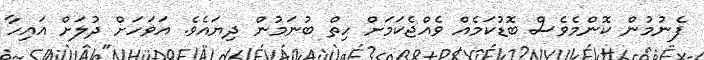
ފެނުމުން ކޮންމެވެސް ބޮޑުކަމެއް ވެއްޖެކަމަށް ހިތް ބުނަމުން ދިޔައެެވެ. އަވަހަށް ދުލަށް އައިހާ